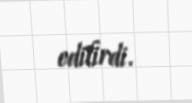
edilirdi.